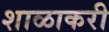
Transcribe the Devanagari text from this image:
शाळाकरी